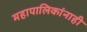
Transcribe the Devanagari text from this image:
महापालिकांनाही